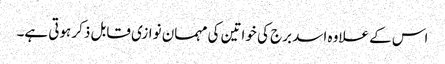
اس کے علاوہ اسد برج کی خواتین کی مہمان نوازی قابل ذکر ہوتی ہے۔